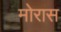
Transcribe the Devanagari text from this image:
मोरास